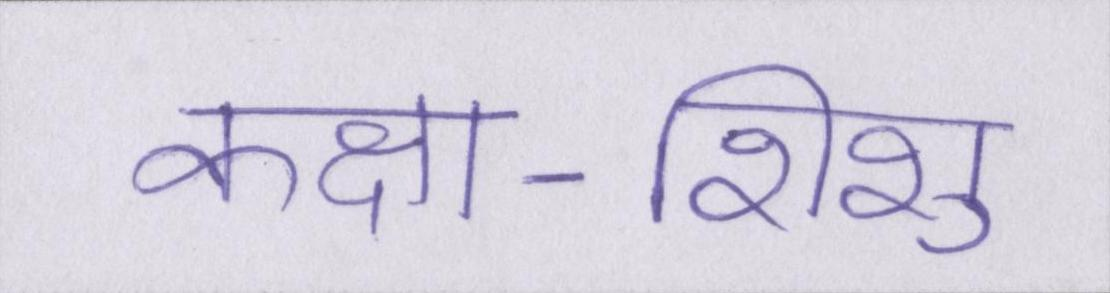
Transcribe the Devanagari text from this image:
कक्षा-शिशु